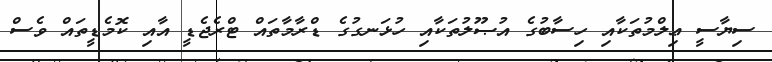
ސިޔާސީ ޢިލްމުތަކާއި ހިސާބުގެ އުޞޫލުތަކާއި ހުޅަނގުގެ ޑްރާމާތައް ޓްރެޖެޑީ އާއި ކޮމެޑީތައް ވެސް